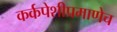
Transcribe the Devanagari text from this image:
कर्कपेशीप्रमाणेच